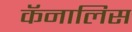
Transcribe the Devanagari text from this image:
कॅनालिस